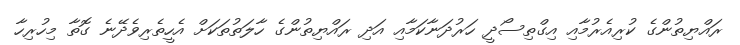
ރައްޔިތުންގެ ކުރިއެރުމާއި އިގްތިސޯދީ ހަރުދަނާކަމާއި އަދި ރައްޔިތުންގެ ހާލަތުތަކަށް އެހީތެރިވެދޭނެ ގޮތާ މިހުރިހާ